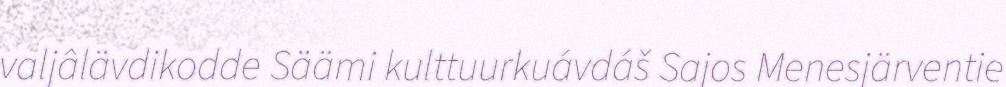
valjâlävdikodde Säämi kulttuurkuávdáš Sajos Menesjärventie